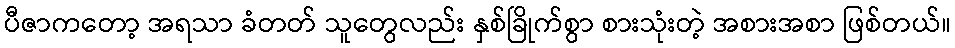
ပီဇာကတော့ အရသာ ခံတတ် သူတွေလည်း နှစ်ခြိုက်စွာ စားသုံးတဲ့ အစားအစာ ဖြစ်တယ်။